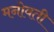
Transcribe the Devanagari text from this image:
मनोवती